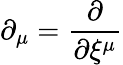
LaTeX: \partial_{\mu}=\frac{\partial}{\partial\xi^{\mu}}